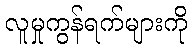
လူမှုကွန်ရက်များကို